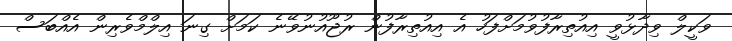
ވަކީލް ވިދާޅުވީ އިއުތިރާފުވުމަށްފަހު އެ އިއުތިރާފުން ރުޖޫއުނުވޭނެ ކަމަށް ގިނަ އިލްމްވެރިން އެއްބަސް